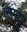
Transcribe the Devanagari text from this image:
सिमो